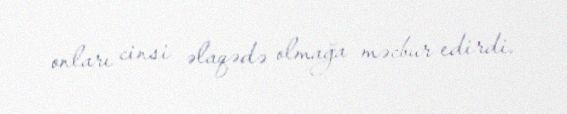
onları cinsi əlaqədə olmağa məcbur edirdi.